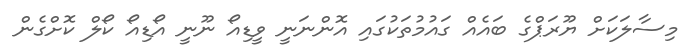
މިސާލަކަށް ޔޫރަޕްގެ ބައެއް ގައުމުތަކުގައި އޮންނަނީ ވީޑިއޯ ނޫނީ އޯޑިއޯ ކޯލް ކޮށްގެން